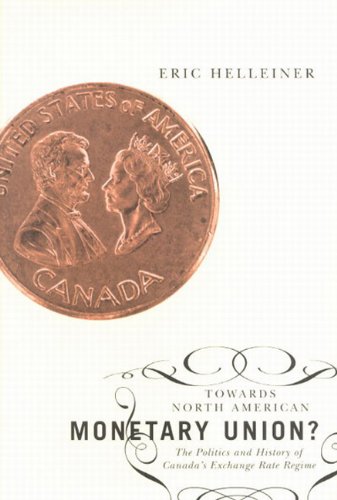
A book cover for Towards North American Monetary Union?: The Politics and History of Canada's Exchange Rate Regime; Eric Helleiner; Business & Money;